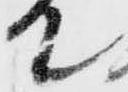
て